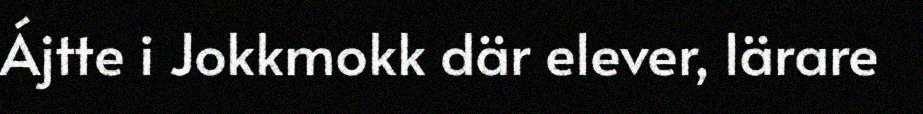
Ájtte i Jokkmokk där elever, lärare